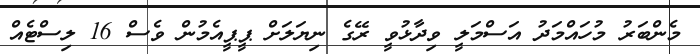
މެންބަރު މުހައްމަދު އަސްމަލީ ވިދާޅުވީ ރޭގެ ނިޔަލަށް ޕީޕީއެމުން ވެސް 16 ލިސްޓެއް